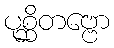
ပုစ္ဆိတဗ္ဗော